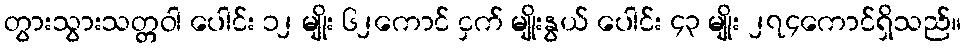
တွားသွားသတ္တဝါ ပေါင်း ၁၂ မျိုး ၆၂ကောင် ငှက် မျိုးနွယ် ပေါင်း ၄၃ မျိုး ၂၇၄ကောင်ရှိသည်။